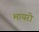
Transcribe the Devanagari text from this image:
मायरो